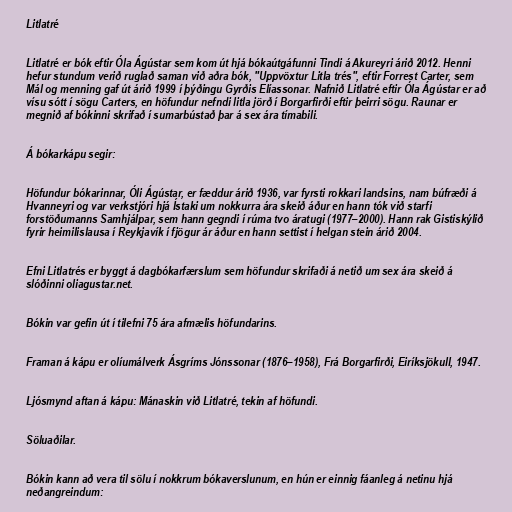
Litlatré

Litlatré er bók eftir Óla Ágústar sem kom út hjá bókaútgáfunni Tindi á Akureyri árið 2012. Henni
hefur stundum verið ruglað saman við aðra bók, "Uppvöxtur Litla trés", eftir Forrest Carter, sem
Mál og menning gaf út árið 1999 í þýðingu Gyrðis Elíassonar. Nafnið Litlatré eftir Óla Ágústar er að
vísu sótt í sögu Carters, en höfundur nefndi litla jörð í Borgarfirði eftir þeirri sögu. Raunar er
megnið af bókinni skrifað í sumarbústað þar á sex ára tímabili.

Á bókarkápu segir:

Höfundur bókarinnar, Óli Ágústar, er fæddur árið 1936, var fyrsti rokkari landsins, nam búfræði á
Hvanneyri og var verkstjóri hjá Ístaki um nokkurra ára skeið áður en hann tók við starfi
forstöðumanns Samhjálpar, sem hann gegndi í rúma tvo áratugi (1977–2000). Hann rak Gistiskýlið
fyrir heimilislausa í Reykjavík í fjögur ár áður en hann settist í helgan stein árið 2004.

Efni Litlatrés er byggt á dagbókarfærslum sem höfundur skrifaði á netið um sex ára skeið á
slóðinni oliagustar.net.

Bókin var gefin út í tilefni 75 ára afmælis höfundarins.

Framan á kápu er olíumálverk Ásgríms Jónssonar (1876–1958), Frá Borgarfirði, Eiríksjökull, 1947.

Ljósmynd aftan á kápu: Mánaskin við Litlatré, tekin af höfundi.

Söluaðilar.

Bókin kann að vera til sölu í nokkrum bókaverslunum, en hún er einnig fáanleg á netinu hjá
neðangreindum: